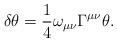
LaTeX: \begin{align*}\delta\theta=\frac 14 \omega_{\mu\nu}\Gamma^{\mu\nu}\theta.\end{align*}